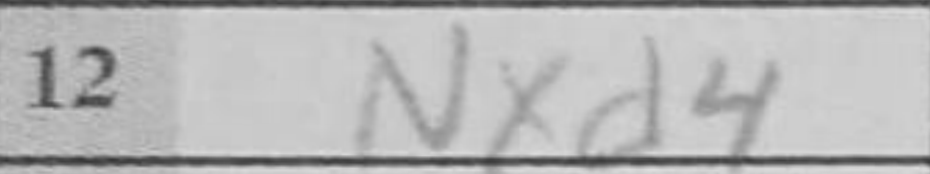
Transcription: Nxd4